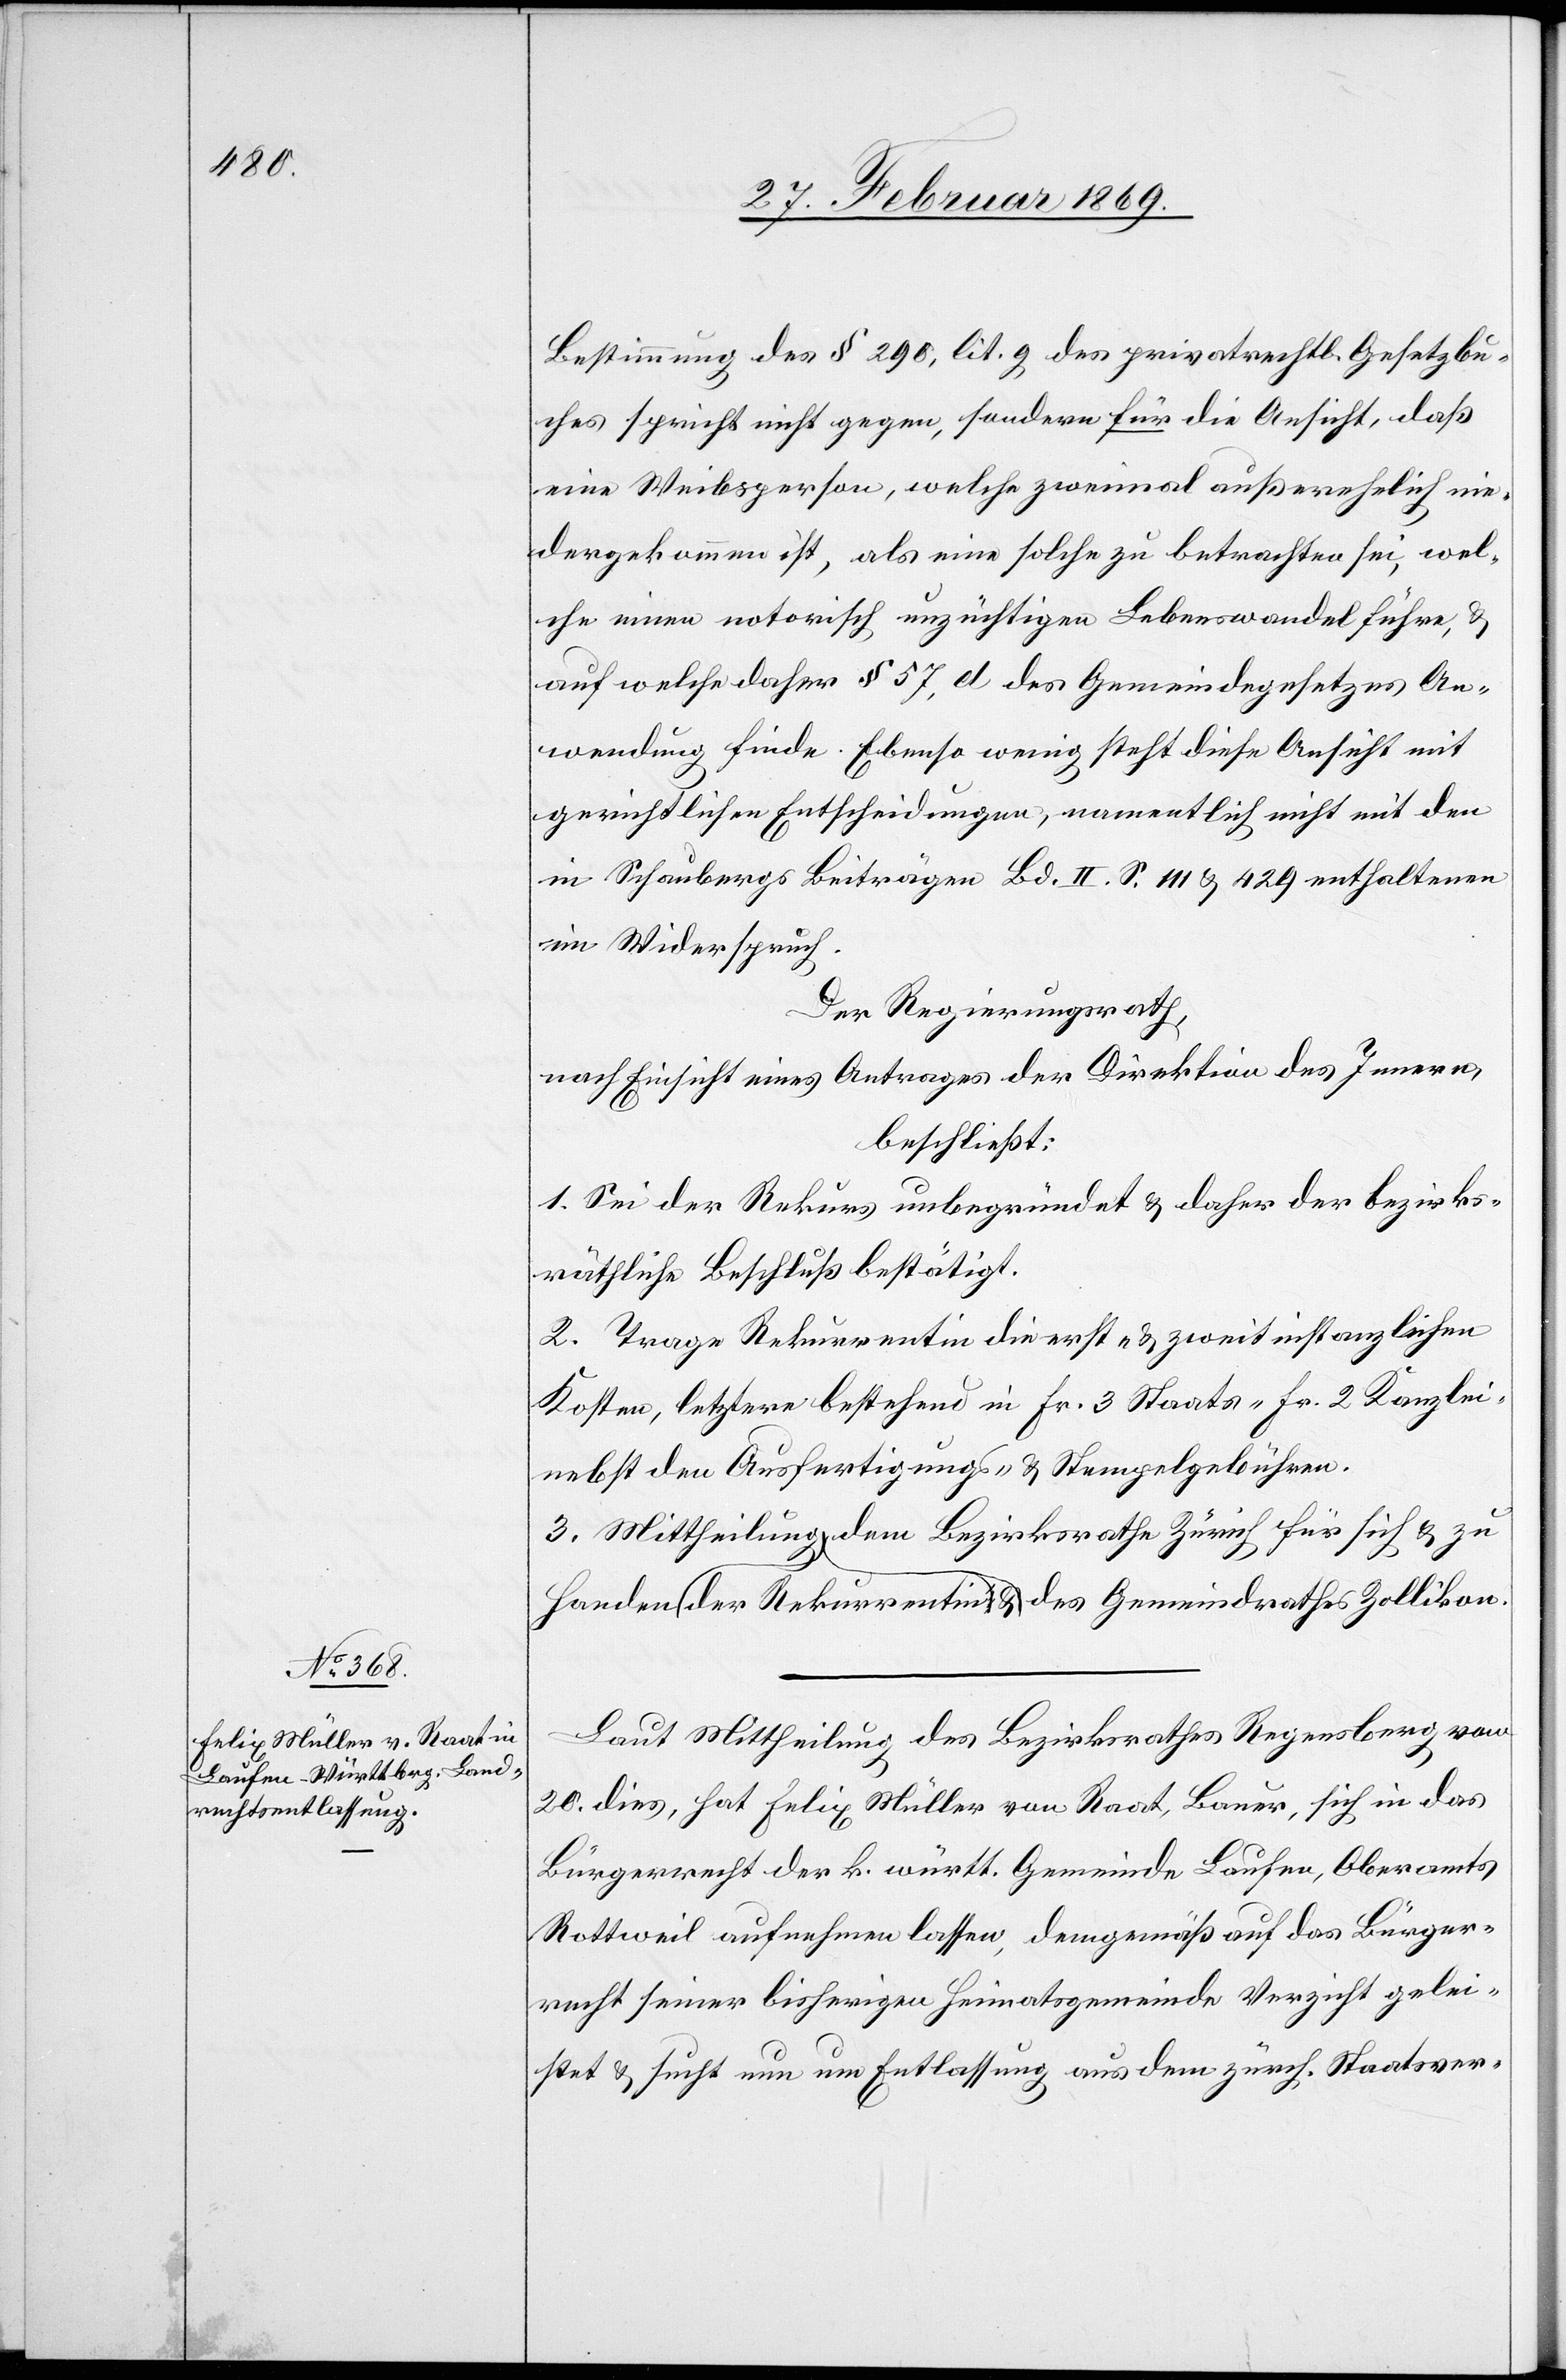
Laut Mittheilung des Bezirksrathes Regensberg vom
20. dies, hat Felix Müller von Raat, Bauer, sich in das
Bürgerrecht der k. württ. Gemeinde Laufen, Oberamts
Rottweil aufnehmen lassen, demgemäß auf das Bürger¬
recht seiner bisherigen Heimatsgemeinde Verzicht gelei¬
stet & sucht nun um Entlassung aus dem zürch. Staats-